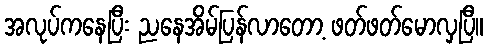
အလုပ်ကနေပြီး ညနေအိမ်ပြန်လာတော့ ဖတ်ဖတ်မောလှပြီ။